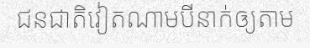
ជនជាតិវៀតណាមបីនាក់ឲ្យតាម